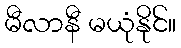
မီလာနီ မယုံနိုင်။